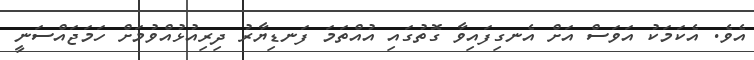
އެވެ. އެކަމަކު އަވަސް އަށް އެނގިފައިވާ ގޮތުގައި އުއްތަމަ ފަނޑިޔާރު ދިރިއުޅުއްވުމަށް ހަމަޖައްސަނީ